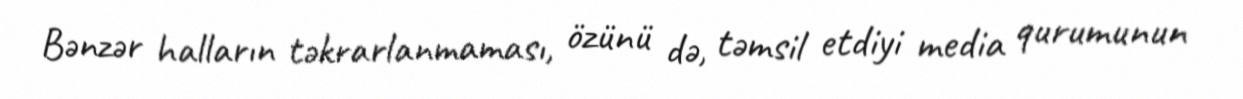
Bənzər halların təkrarlanmaması, özünü də, təmsil etdiyi media qurumunun